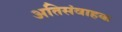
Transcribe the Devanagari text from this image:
अतिसंवाहक